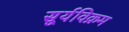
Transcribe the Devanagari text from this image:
सूर्यविक्रम